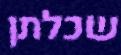
שכלתן